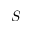
S